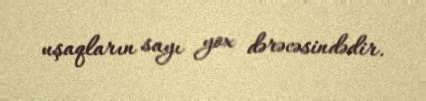
uşaqların sayı yox dərəcəsindədir.